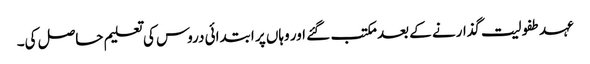
عہد طفولیت گذارنے کے بعد مکتب گئے اور وہاں پر ابتدائی دروس کی تعلیم حاصل کی۔